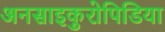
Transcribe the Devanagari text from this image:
अनसाइकुरोपिडिया